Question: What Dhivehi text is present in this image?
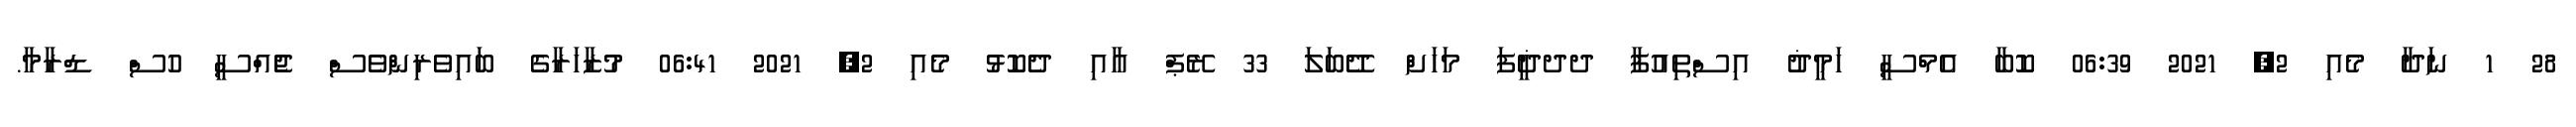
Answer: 28 1 ނަދާ މެއި 2, 2021 06:39 ކޮބާ އެމްސީ ހަމީޛު އިސްތިއުފާ ދދޛީފަ މަހަށް ދޭބަލަ 33 ރޭޕް އާއި ދެކޮޅު މެއި 2, 2021 06:41 މުޒާހަރާގެ ބައިވެރިންވެސް ޖެެއްސީ ހުސް ޑްރާމާ.